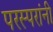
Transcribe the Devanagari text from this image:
परस्परांनी